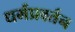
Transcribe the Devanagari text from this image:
धर्मप्रवर्तन